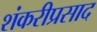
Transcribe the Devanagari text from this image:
शंकरीप्रसाद